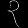
Digit: ၃